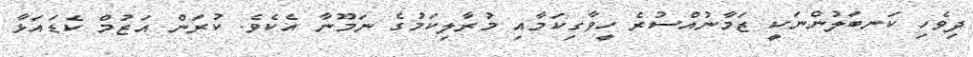
ދިވެހި ކަނބަލުންނަކީ ޒަމާނުއްސުރެ ހީވާގިކަމާއި މުރާލިކަމުގެ ނަމޫނާ އެކެވެ. ކުރަން އަޒުމް ކެޑައަޅާ